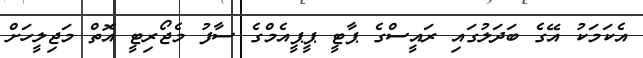
އެކަމަކު އޭގެ ބަދަލުގައި ރައީސްގެ ޕާޓީ ޕީޕީއެމްގެ ސާފު މެޖޯރިޓީ އޮތް މަޖިލީހަށް